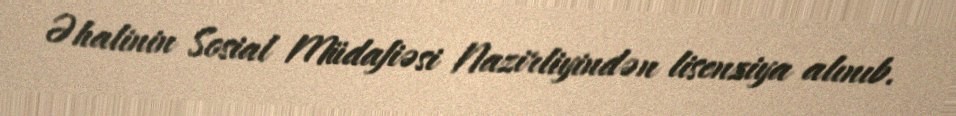
Əhalinin Sosial Müdafiəsi Nazirliyindən lisenziya alınıb.